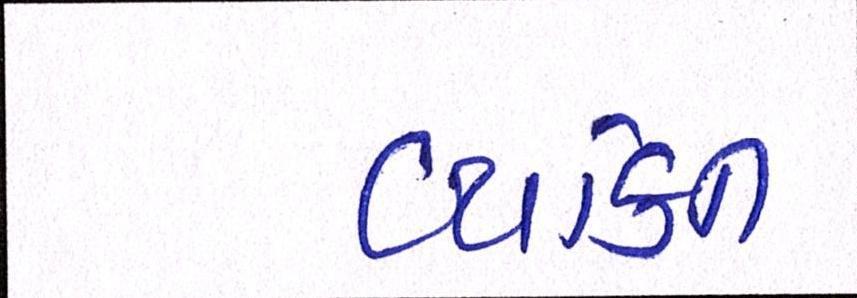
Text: વ્યક્તિ